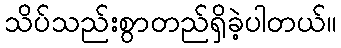
သိပ်သည်းစွာတည်ရှိခဲ့ပါတယ်။